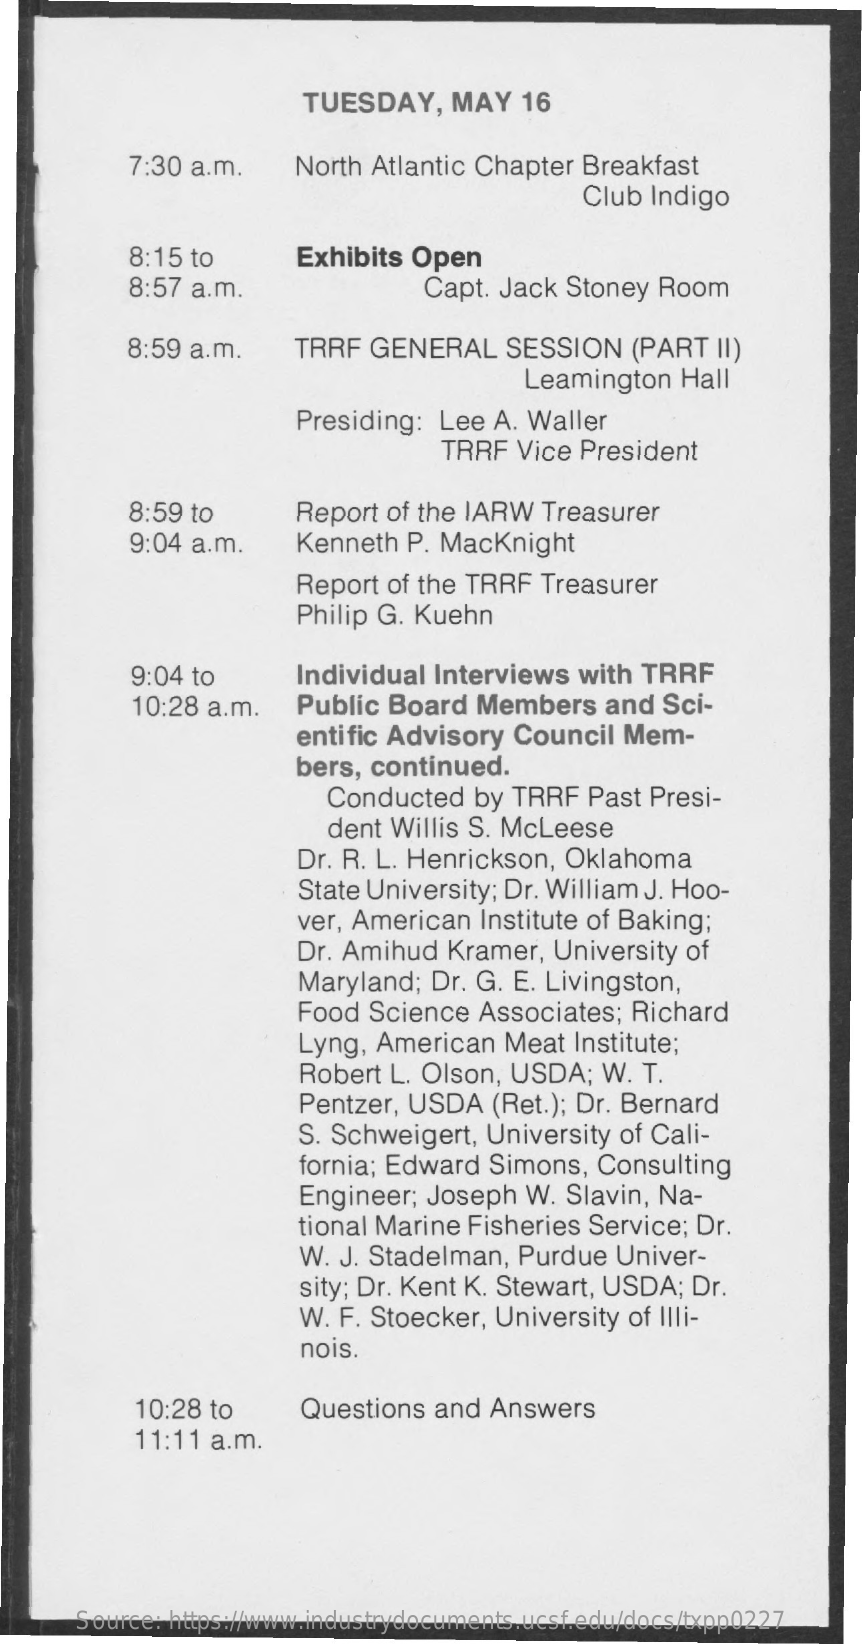
TUESDAY,    MAY   16
     7:30 a.m.    North Atlantic Chapter Breakfast
     Club Indigo
     8:15 to    Exhibits Open
     8:57 a.m.    Capt. Jack Stoney  Room
     8:59 a.m.    TRRF  GENERAL    SESSION    (PART  II)
     Leamington   Hall
     Presiding: Lee  A. Waller
     TRRF  Vice President
     8:59 to    Report of the IARW  Treasurer
     9:04 a.m.    Kenneth  P. MacKnight
     Report of the TRRF  Treasurer
     Philip G. Kuehn
     9:04 to    Individual Interviews  with  TRRF
     10:28 a.m.    Public Board   Members   and  Sci-
     entific Advisory  Council  Mem-
     bers, continued.
     Conducted   by  TRRF  Past Presi-
     dent Willis S. McLeese
     Dr. R. L. Henrickson, Oklahoma
     State University; Dr. William J. Hoo-
     ver, American  Institute of Baking;
     Dr. Amihud  Kramer,  University of
     Maryland;  Dr. G. E. Livingston,
     Food  Science  Associates;  Richard
     Lyng, American   Meat  Institute;
     Robert L. Olson, USDA;   W.  T.
     Pentzer, USDA   (Ret.); Dr. Bernard
     S. Schweigert,  University of Cali-
     fornia; Edward  Simons,  Consulting
     Engineer;  Joseph  W. Slavin, Na-
     tional Marine Fisheries Service; Dr.
     W. J. Stadelman,  Purdue  Univer-
     sity; Dr. Kent K. Stewart, USDA; Dr.
     W. F. Stoecker, University of Illi-
     nois.
     10:28 to    Questions  and  Answers
     11:11 a.m.
     Source: https://www.industrydocuments.ucsf.edu/docs/txpp0227